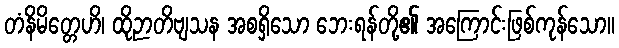
တံနိမိတ္တေဟိ၊ ထိုဉာတိဗျသန အစရှိသော ဘေးရန်တို့၏ အကြောင်းဖြစ်ကုန်သော။